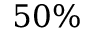
5 0 \%